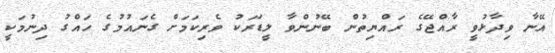
އޭނާ ވިދާޅުވީ ރާއްޖޭގެ ރައްޔިތުން ބޭނުންވާ ލީޑަރަކު ވެރިކަމަށް ގެނައުމުގެ ހައްގު ދިނުމަކީ